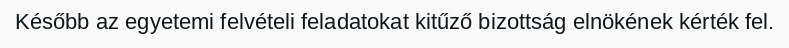
Később az egyetemi felvételi feladatokat kitűző bizottság elnökének kérték fel.